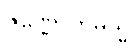
ဇိဏ္ဏောဟမသ္မိ